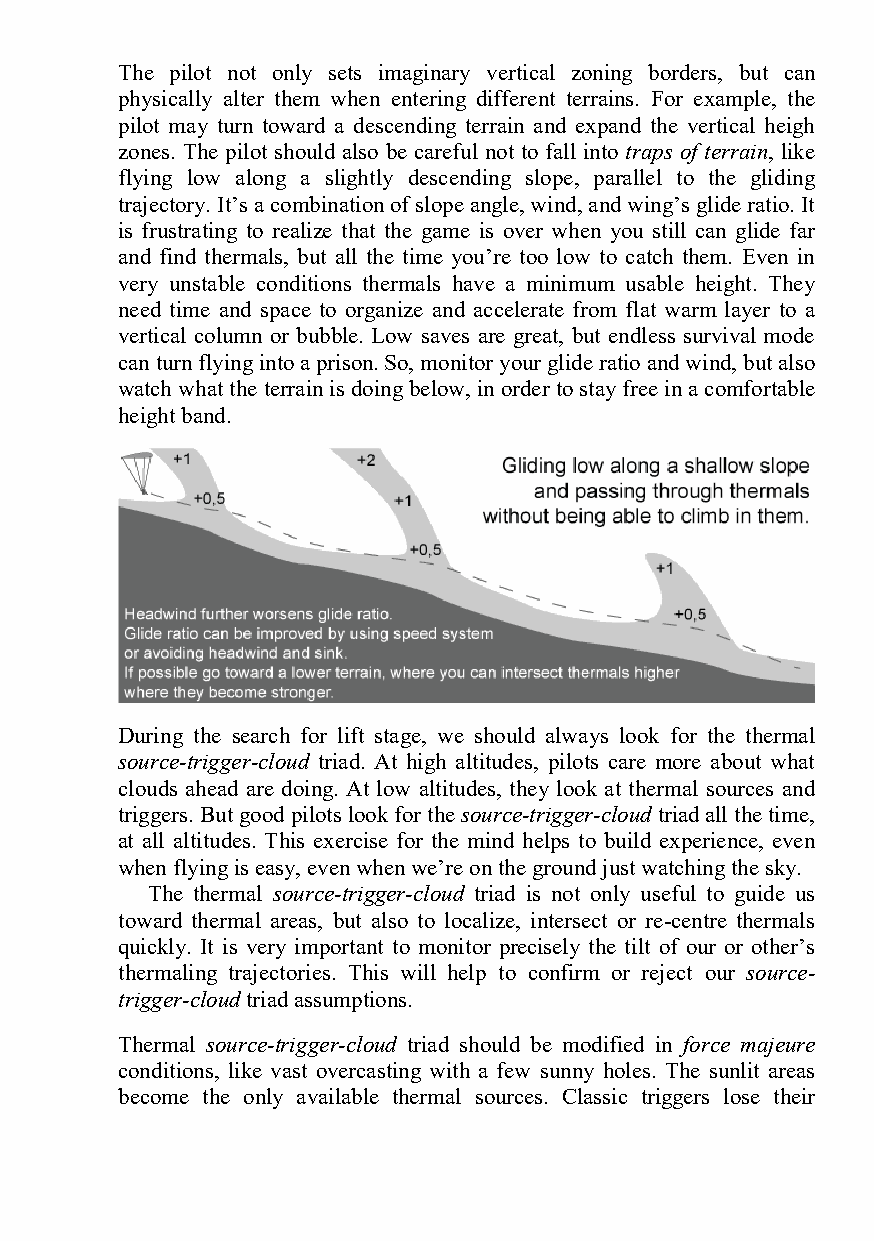
The pilot not only sets imaginary vertical zoning borders, but can
 physically alter them when entering different terrains. For example, the
 pilot may turn toward a descending terrain and expand the vertical heigh
 zones. The pilot should also be careful not to fall into traps of terrain, like
 flying low along a slightly descending slope, parallel to the gliding
 trajectory. It’s a combination of slope angle, wind, and wing’s glide ratio. It
 is frustrating to realize that the game is over when you still can glide far
 and find thermals, but all the time you’re too low to catch them. Even in
 very unstable conditions thermals have a minimum usable height. They
 need time and space to organize and accelerate from flat warm layer to a
 vertical column or bubble. Low saves are great, but endless survival mode
 can turn flying into a prison. So, monitor your glide ratio and wind, but also
 watch what the terrain is doing below, in order to stay free in a comfortable
 height band.
 During the search for lift stage, we should always look for the thermal
 source-trigger-cloud triad. At high altitudes, pilots care more about what
 clouds ahead are doing. At low altitudes, they look at thermal sources and
 triggers. But good pilots look for the source-trigger-cloud triad all the time,
 at all altitudes. This exercise for the mind helps to build experience, even
 when flying is easy, even when we’re on the ground just watching the sky.
 The thermal source-trigger-cloud triad is not only useful to guide us
 toward thermal areas, but also to localize, intersect or re-centre thermals
 quickly. It is very important to monitor precisely the tilt of our or other’s
 thermaling trajectories. This will help to confirm or reject our source-
 trigger-cloud triad assumptions.
 Thermal source-trigger-cloud triad should be modified in force majeure
 conditions, like vast overcasting with a few sunny holes. The sunlit areas
 become the only available thermal sources. Classic triggers lose their